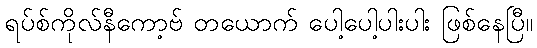
ရပ်စ်ကိုလ်နီကော့ဗ် တယောက် ပေါ့ပေါ့ပါးပါး ဖြစ်နေပြီ။